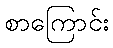
စာကြောင်း